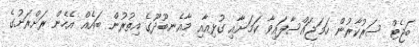
ބަޖެޓް ސަރުކާރުން ހަމަޖައްސާފައިވާ ކަމަށާއި ގުޅިއާއި މާއެނބޫދޫގެ އިތުރުން ބައެއް އެހެން ރަށްރަށުގެ